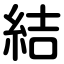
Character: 結